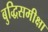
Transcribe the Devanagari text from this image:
बुद्धिसमीक्षा